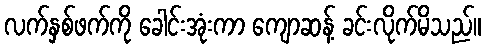
လက်နှစ်ဖက်ကို ခေါင်းအုံးကာ ကျောဆန့် ခင်းလိုက်မိသည်။